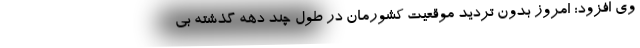
وی افزود: امروز بدون تردید موقعیت کشورمان در طول چند دهه گذشته بی